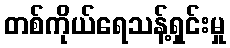
တစ်ကိုယ်ရေသန့်ရှင်းမှု